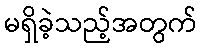
မရှိခဲ့သည့်အတွက်